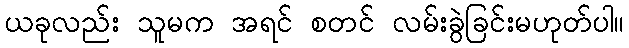
ယခုလည်း သူမက အရင် စတင် လမ်းခွဲခြင်းမဟုတ်ပါ။